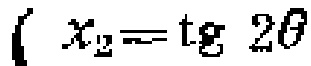
\(x_{2}=\operatorname{tg}2\theta\)